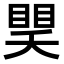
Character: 𥈏